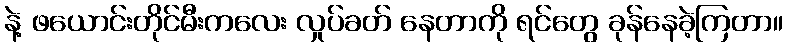
နဲ့ ဖယောင်းတိုင်မီးကလေး လှုပ်ခတ် နေတာကို ရင်တွေ ခုန်နေခဲ့ကြတာ။